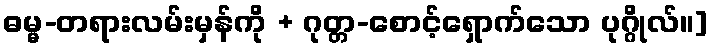
ဓမ္မ-တရားလမ်းမှန်ကို + ဂုတ္တ-စောင့်ရှောက်သော ပုဂ္ဂိုလ်။]